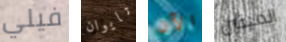
فيلي تايوان الآن الميتين